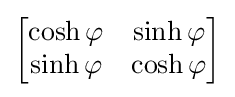
{\begin{bmatrix}\cosh \varphi &\sinh \varphi \\\sinh \varphi &\cosh \varphi \end{bmatrix}}